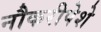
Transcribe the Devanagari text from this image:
नौकरीपेशे